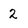
Character: 2